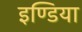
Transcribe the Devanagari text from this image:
इण्‍डिया